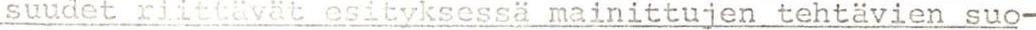
suudet riittävät esityksessä mainittuien tehtävien suo-